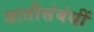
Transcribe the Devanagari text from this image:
जातीसंबंधीं